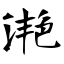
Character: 滟